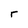
Character: r